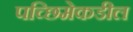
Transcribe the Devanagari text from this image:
पच्छिमेकडील